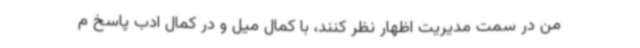
من در سمت مدیریت اظهار نظر کنند، با کمال میل و در کمال ادب پاسخ م